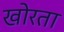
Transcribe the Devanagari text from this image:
खोरता